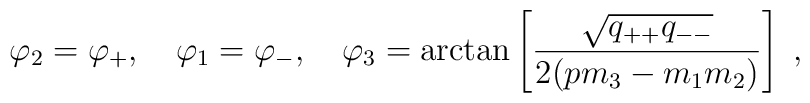
\varphi_2 = \varphi_{+}, \quad\varphi_1 = \varphi_{-}, \quad\varphi_3 =\arctan\left[ \frac{\sqrt{q_{++} q_{--}}}{2(p m_3-m_1 m_2)} \right] \; ,